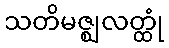
သတိမဇ္ဈလတ္ထုံ